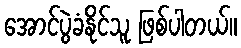
အောင်ပွဲခံနိုင်သူ ဖြစ်ပါတယ်။